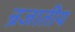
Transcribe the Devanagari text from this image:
न्रजातीय